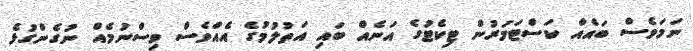
ނަމަވެސް ބައެއް ކަސްޓަމަރުން ޓިކެޓުގެ އަނެއް ބައިި އަތުލުމުގެ އެއްވެސް ވިސްނުމެއް ނުގެންގުޅެ